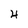
Character: 4